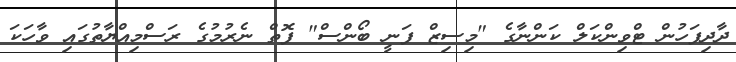
ދާދިފަހުން ޓްވިންކަލް ކަންނާގެ "މިސިޒް ފަނީ ބޯންސް" ފޮތް ނެރުމުގެ ރަސްމިއްޔާތުގައި ވާހަަކަ